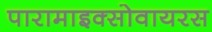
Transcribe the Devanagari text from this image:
पारामाइक्सोवायरस